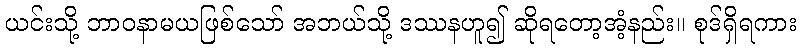
ယင်းသို့ ဘာဝနာမယဖြစ်သော် အဘယ်သို့ ဒဿနဟူ၍ ဆိုရတော့အံ့နည်း။ စုဒ်ရှိရကား